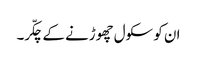
ان کو سکول چھوڑنے کے چکّر۔